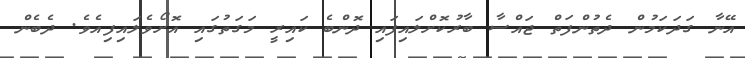
އޭނާ ގަދަކަމުން ދެތުންފަތް ޖައްސާ ބާރުކޮށްލައިފައި ދޮންބެ ކައިރީ މަގަތުގައި އޮށޯވެލައިފިއެވެ. ދެބެން